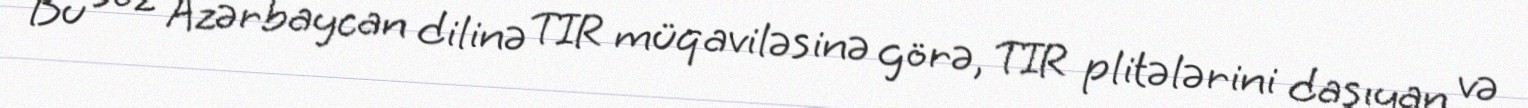
Bu söz Azərbaycan dilinə TIR müqaviləsinə görə, TIR plitələrini daşıyan və